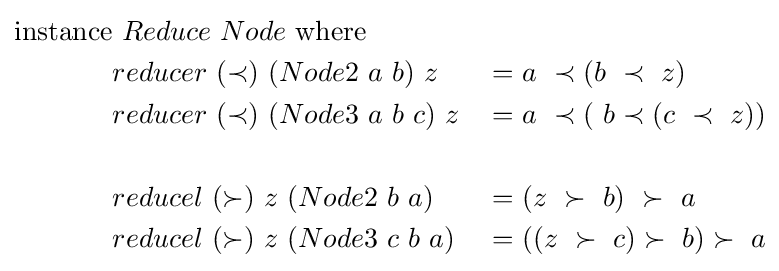
{\begin{aligned}\mathrm {instance} &\ Reduce\ Node\ \mathrm {where} &&\\&reducer\ (\prec )\ (Node2\ a\ b)\ z&=&\ a\ \prec (b\ \prec \ z)\\&reducer\ (\prec )\ (Node3\ a\ b\ c)\ z&=&\ a\ \prec (\ b\prec (c\ \prec \ z))\\\\&reducel\ (\succ )\ z\ (Node2\ b\ a)\ &=&\ (z\ \succ \ b)\ \succ \ a\\&reducel\ (\succ )\ z\ (Node3\ c\ b\ a)\ &=&\ ((z\ \succ \ c)\succ \ b)\succ \ a\\\end{aligned}}